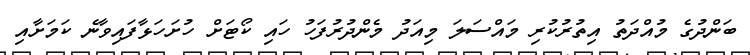
ބަންދުގެ މުއްދަތު އިތުރުކުރި މައްސަލަ މިއަދު މެންދުރުފަހު ހައި ކޯޓަށް ހުށަހަޅާފައިވާނެ ކަމަށާއި